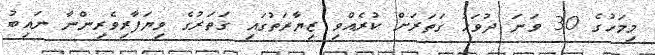
މިމަހުގެ 30 ވަނަ ދުވަހު ގަތަރަށް ކުރެއްވި ޒިޔާރަތުގައި ގަތަރުގެ ވިޔަފާރިވެރިންނާ ނައިބު